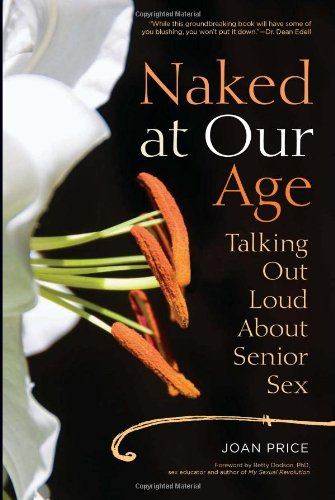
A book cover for Naked at Our Age: Talking Out Loud About Senior Sex; Joan Price; Medical Books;